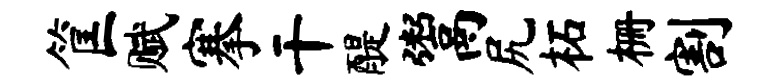
筐赋搴干醍鬻尻柘栅割